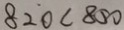
8 2 0 < 8 0 0